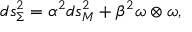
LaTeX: d s _ { \Sigma } ^ { 2 } = \alpha ^ { 2 } { d s _ { M } ^ { 2 } } + \beta ^ { 2 } \omega \otimes \omega ,